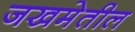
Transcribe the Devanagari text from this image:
जखमेतील